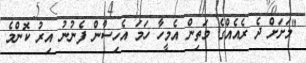
"މަށަށް ދެ ރެއެއްގެ މަތިން އެމީހާ ހަމަ އެހިސާުން ފެނުނު އިރު ކޮންމެ